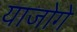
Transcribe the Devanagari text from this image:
याजोगे